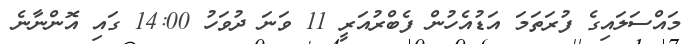
މައްސަލައިގެ ފުރަތަމަ އަޑުއެހުން ފެބްރުއަރީ 11 ވަނަ ދުވަހު 14:00 ގައި އޮންނާނެ